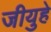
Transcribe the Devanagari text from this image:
जीयुहे